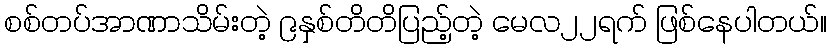
စစ်တပ်အာဏာသိမ်းတဲ့ ၉နှစ်တိတိပြည့်တဲ့ မေလ၂၂ရက် ဖြစ်နေပါတယ်။